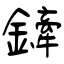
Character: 鏲